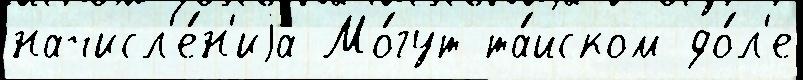
начисл'е́н'иjа Мо́гут та́йском до́л'е